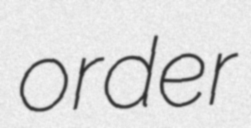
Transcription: order